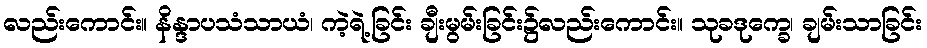
လည်းကောင်း။ နိန္ဒာပသံသာယံ၊ ကဲ့ရဲ့ခြင်း ချီးမွမ်းခြင်း၌လည်းကောင်း။ သုခဒုက္ခေ၊ ချမ်းသာခြင်း